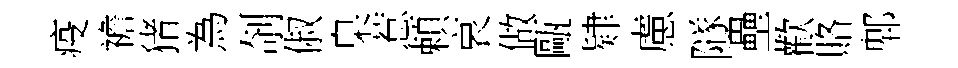
疫襜猪為剞俶臬惹頼哀做甌肄慮隧壘歡賂郫